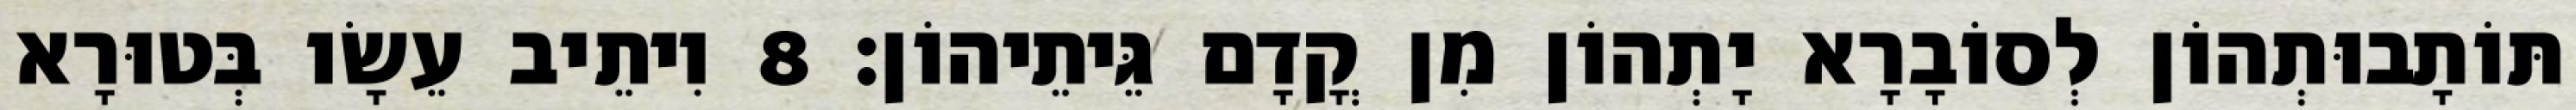
תּוֹתָבוּתְהוֹן לְסוֹבָרָא יָתְהוֹן מִן קֳדָם גֵּיתֵיהוֹן׃ 8 וִיתֵיב עֵשָׂו בְּטוּרָא